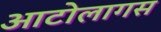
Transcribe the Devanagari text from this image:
आटोलागस